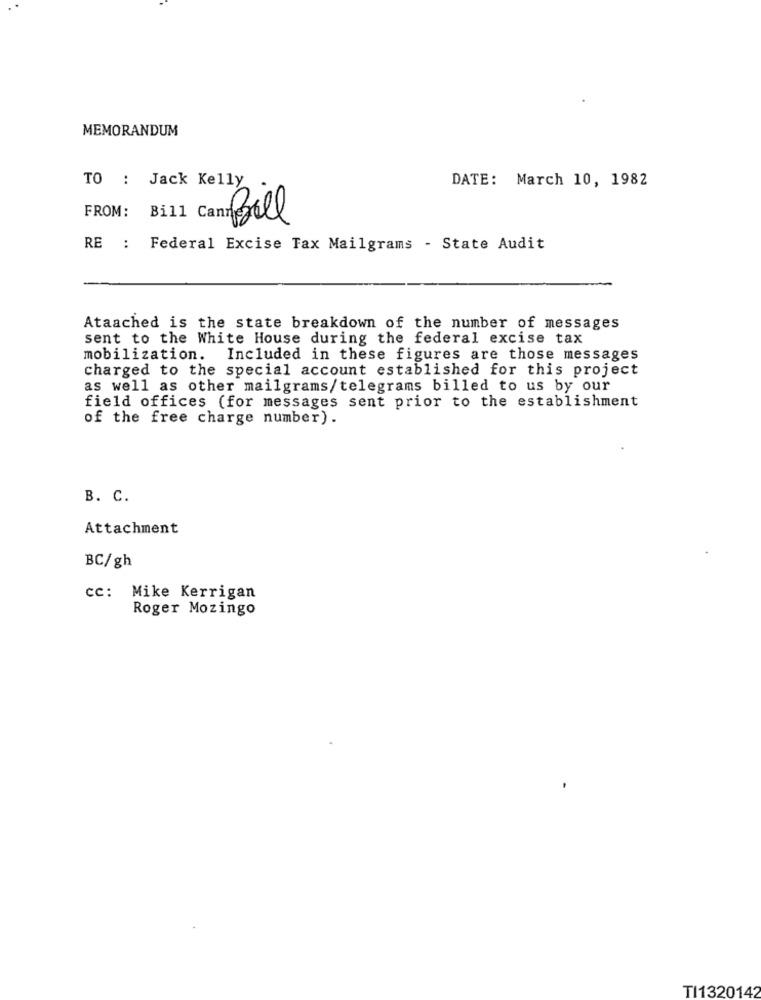
MEMORANDUM
TO : Jack Kelly
DATE: March 10, 1982
Bill
RE : Federal Excise Tax Mailgrams - State Audit
Ataached is the state breakdown of the number of messages
sent to the White House during the federal excise tax
mobilization. Included in these figures are those messages
charged to the special account established for this project
as well as other mailgrams/telegrams billed to us by our
field offices (for messages sent prior to the establishment
of the free charge number).
B. C.
Attachment
BC/gh
cc: Mike Kerrigan
Roger Mozingo
TI1320142